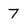
Character: 7